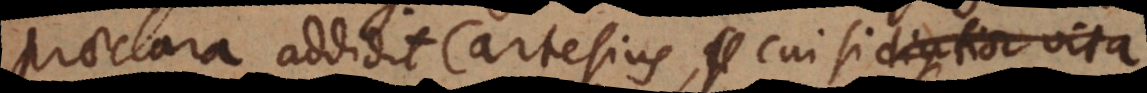
lara addidit Cartesius, cui si diuturnior vita